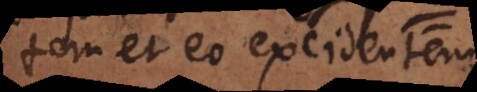
tem, et eo excidentem